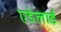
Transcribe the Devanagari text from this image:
एडेलार्ड